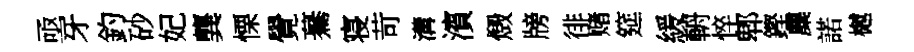
亟牙釣砂妃龔慄覺驀寝苛溝濱燬牓徘赌筵緩輈悴郫鏗麋諾樾